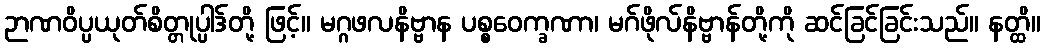
ဉာဏဝိပ္ပယုတ်စိတ္တုပ္ပါဒ်တို့ ဖြင့်။ မဂ္ဂဖလနိဗ္ဗာန ပစ္စဝေက္ခဏာ၊ မဂ်ဖိုလ်နိဗ္ဗာန်တို့ကို ဆင်ခြင်ခြင်းသည်။ နတ္ထိ။